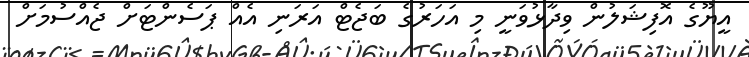
އީޔޫގެ އޮފިޝަލުން ވިދާޅުވަނީ މި އަހަރުގެ ބަޖެޓް އަރަނި އެއް ޕަސެންޓަށް ޖެއްސުމަށް